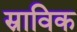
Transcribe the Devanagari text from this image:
स्राविक